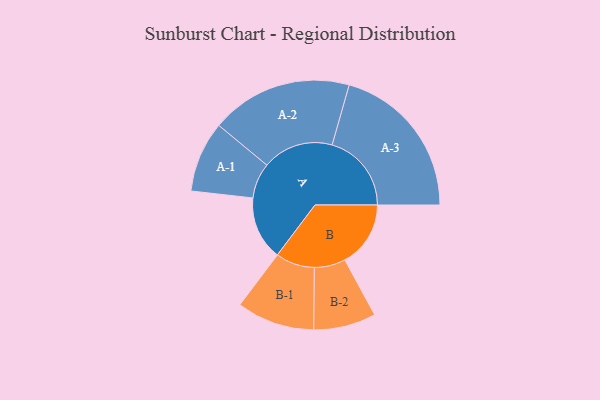
{"axis": {"x": "Segment", "y": "Value"}, "legend": ["", "A", "B"], "data": [{"x": "A", "y": 235, "type": ""}, {"x": "B", "y": 243, "type": ""}, {"x": "A-1", "y": 131, "type": "A"}, {"x": "A-2", "y": 262, "type": "A"}, {"x": "A-3", "y": 293, "type": "A"}, {"x": "B-1", "y": 144, "type": "B"}, {"x": "B-2", "y": 115, "type": "B"}]}